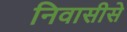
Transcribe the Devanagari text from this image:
निवासीसे